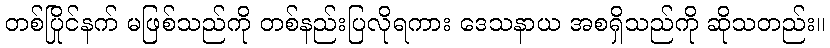
တစ်ပြိုင်နက် မဖြစ်သည်ကို တစ်နည်းပြလိုရကား ဒေသနာယ အစရှိသည်ကို ဆိုသတည်း။